Annual administration report of the Civil Veterinary Department of India - 1892-1893
Year: 1892
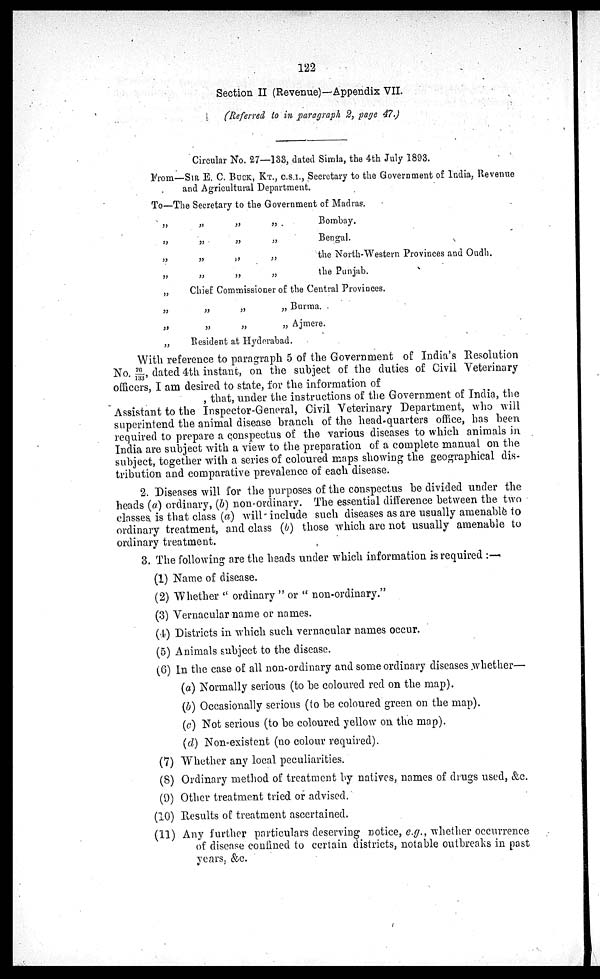
122
Section II (Revenue)—Appendix VII.
(Referred to in paragraph 2, page 47.)
Circular No. 27—133, dated Simla, the 4th July 1893.
From—SIR E. C. BUCK, KT., C.S.I., Secretary to the Government of India, Revenue
and Agricultural Department.
To—The Secretary to the Government of Madras.
„
„
„
„
„
„
„
„
„
„
„
„
„
„
„
„
„
„
„
„
Bombay.
Bengal.
the North-Western Provinces and Oudh.
the Punjab.
Chief Commissioner of the Central Provinces.
„
„
„
„
„
„
Burma
Ajmere
Resident at Hyderabad.
With reference to paragraph 5 of the Government of India's Resolution
No. 26/133, dated 4th instant, on the subject of the duties of Civil Veterinary
officers, I am desired to state, for the information of
, that, under the instructions of the Government of India, the
Assistant to the Inspector-General, Civil Veterinary Department, who will
superintend the animal disease branch of the head-quarters office, has been
required to prepare a conspectus of the various diseases to which animals in
India are subject with a view to the preparation of a complete manual on the
subject, together with a series of coloured maps showing the geographical dis-
tribution and comparative prevalence of each disease.
2. Diseases will for the purposes of the conspectus be divided under the
heads (a) ordinary, (b) non-ordinary. The essential difference between the two
classes is that class (a) will-include such diseases as are usually amenable to
ordinary treatment, and class (b) those which are not usually amenable to
ordinary treatment.
3. The following are the heads under which information is required:—
(1) Name of disease.
(2) Whether "ordinary" or "non-ordinary."
(3) Vernacular name or names.
(4) Districts in which such vernacular names occur.
(5) Animals subject to the disease.
(6) In the case of all non-ordinary and some ordinary diseases whether—
(a) Normally serious (to be coloured red on the map).
(b) Occasionally serious (to be coloured green on the map).
(c) Not serious (to be coloured yellow on the map).
(d) Non-existent (no colour required).
(7) Whether any local peculiarities.
(8) Ordinary method of treatment by natives, names of drugs used, &c.
(9) Other treatment tried or advised.
(10) Results of treatment ascertained.
(11) Any further particulars deserving notice, e.g., whether occurrence
of disease confined to certain districts, notable outbreaks in past
years, &c.